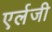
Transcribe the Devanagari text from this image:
एर्लजी